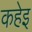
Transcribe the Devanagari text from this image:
कहेइ